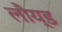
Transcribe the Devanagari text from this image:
लौय्ड